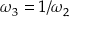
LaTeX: \omega _ { 3 } = 1 / \omega _ { 2 }